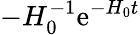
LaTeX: -H_{0}^{-1}\mathrm{e}^{-H_{0}t}